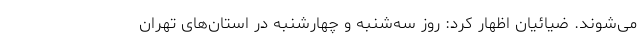
می‌شوند. ضیائیان اظهار کرد: روز سه‌شنبه و چهارشنبه در استان‌های تهران